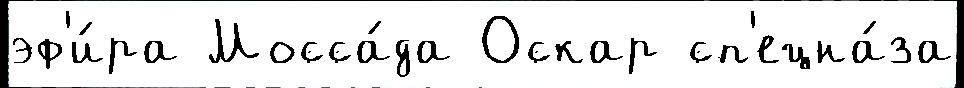
эф'и́ра Мосса́да Оскар сп'ецна́за